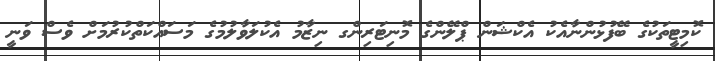
ކޮމިޓީތަކުގެ ބޭފުޅުންނާއެކު އެކްޝަން ޕްލޭންގެ މޮނިޓަރިންގ ނިޒާމު އެކުލަވާލުމުގެ މަސައްކަތްކުރުމަށް ވެސް ވަނީ